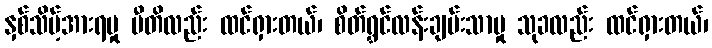
နှစ်သိမ့်အားရမှု ပီတိလည်း ထင်ရှားတယ်၊ စိတ်ရွှင်လန်းချမ်းသာမှု သုခလည်း ထင်ရှားတယ်၊